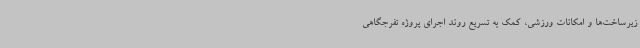
زیرساخت‌ها و امکانات ورزشی، کمک به تسریع روند اجرای پروژه تفرجگاهی